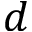
d